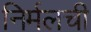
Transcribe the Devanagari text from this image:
निर्मलची